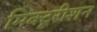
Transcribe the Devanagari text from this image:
मिक्टूरीशन